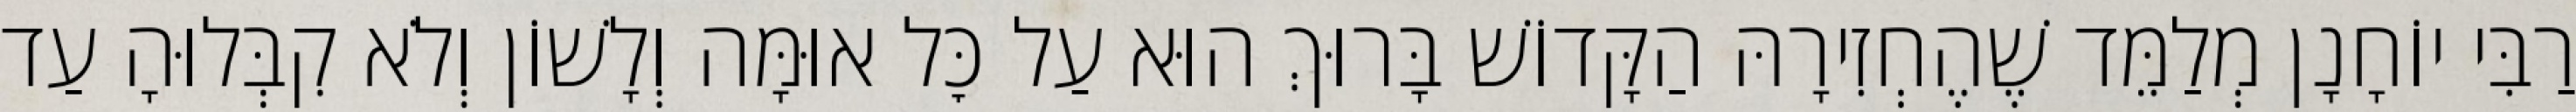
רַבִּי יוֹחָנָן מְלַמֵּד שֶׁהֶחְזִירָהּ הַקָּדוֹשׁ בָּרוּךְ הוּא עַל כׇּל אוּמָּה וְלָשׁוֹן וְלֹא קִבְּלוּהָ עַד